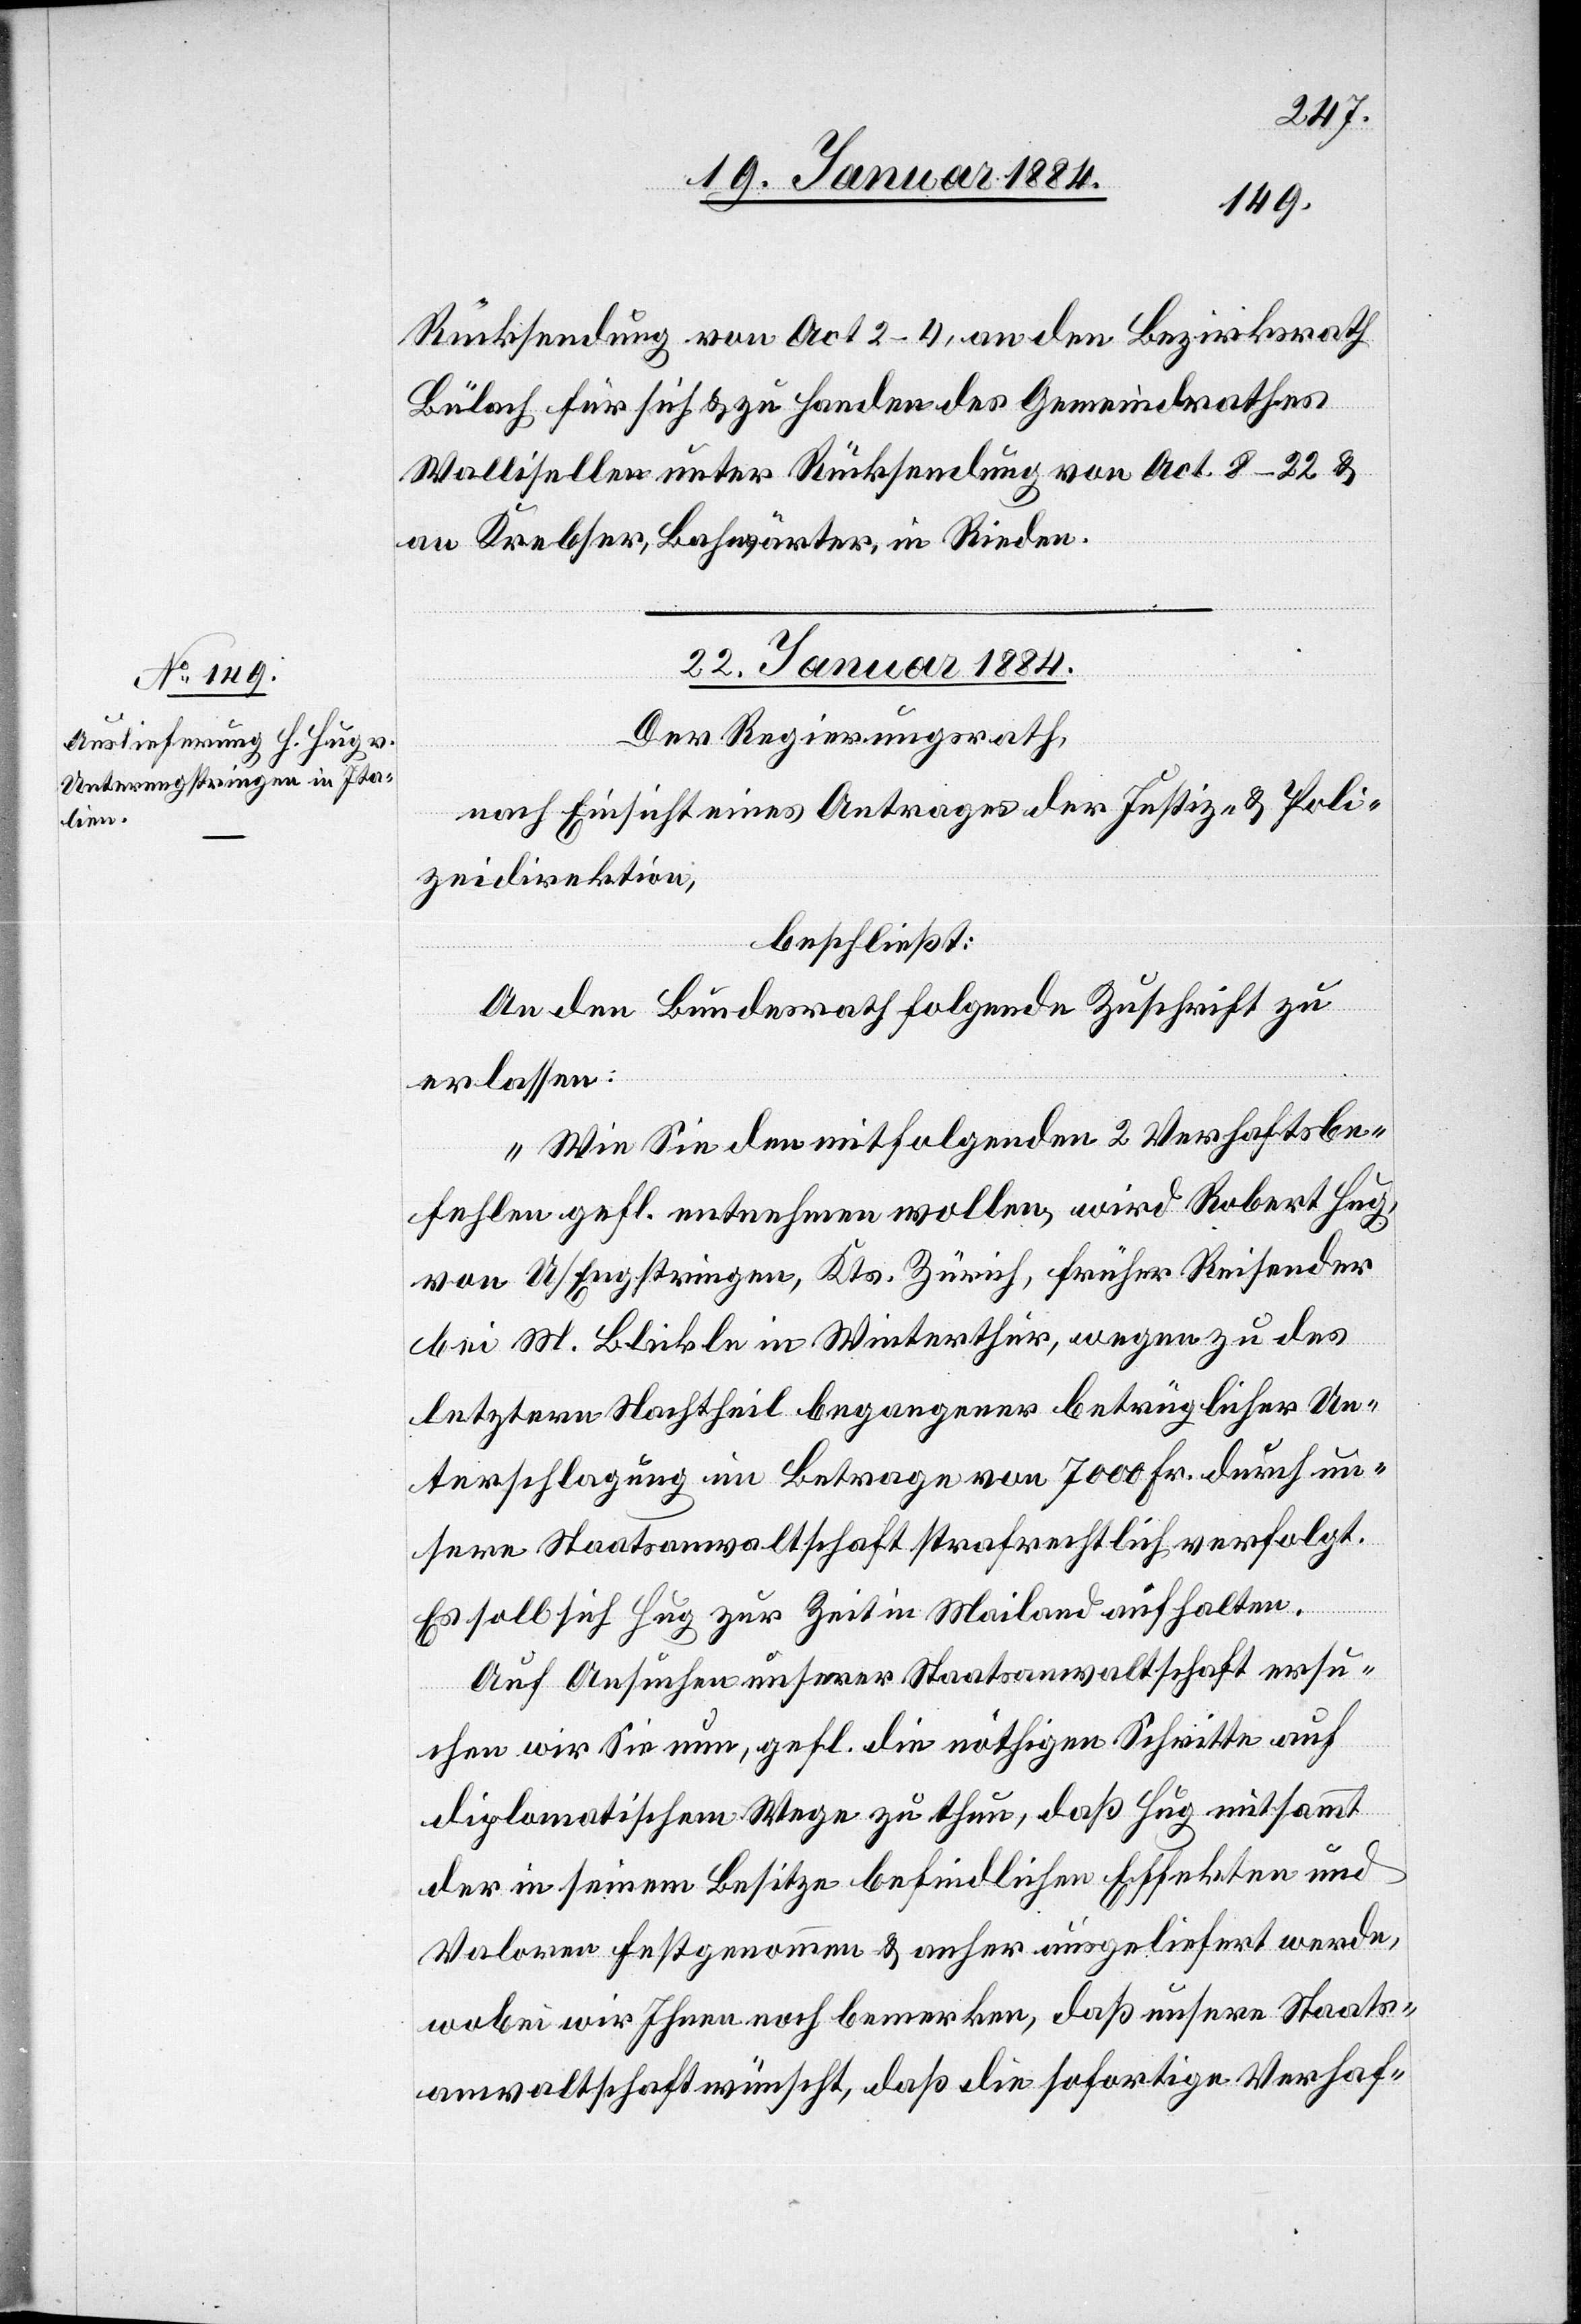
No. 344,

Rücksendung von Act. 2–4, an den Bezirksrath
Bülach für sich & zu Handen des Gemeindrathes
Wallisellen unter Rücksendung von Act. 8–22 &
an Krebser, Bahnwärter, in Rieden.
22. Januar 1884.
Der Regierungsrath,
nach Einsicht eines Antrages der Justiz- & Poli¬
zeidirektion,
beschließt:
An den Bundesrath folgende Zuschrift zu
erlassen:
„Wie Sie den mitfolgenden 2 Verhaftsbe¬
fehlen gefl. entnehmen wollen, wird Robert
von U/Engstringen, Kts. Zürich, früher Reisender
bei M. Blickle in Winterthur, wegen zu des
letztern Nachtheil begangener betrüglicher Un¬
terschlagung im Betrage von 7000 Fr. durch un¬
sere Staatsanwaltschaft strafrechtlich verfolgt.
pag.
Es soll sich Hug zur Zeit in Mailand aufhalten.
Auf Ansuchen unserer Staatsanwaltschaft ersu¬
chen wir Sie nun, gefl. die nöthigen Schritte auf
diplomatischem Wege zu thun, daß Hug mitsammt
der in seinem Besitze befindlichen Effekten und
Valoren festgenommen & anher ausgeliefert werden,
wobei wir Ihnen noch bemerken, daß unsere Staats¬
anwaltschaft wünscht, daß die sofortige Verhaf-